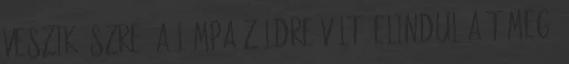
veszik észre. A lámpa zöldre vált. Elindul a tömeg.